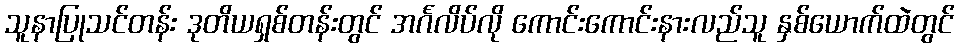
သူနာပြုသင်တန်း ဒုတိယရှစ်တန်းတွင် အင်္ဂလိပ်လို ကောင်းကောင်းနားလည်သူ နှစ်ယောက်ထဲတွင်